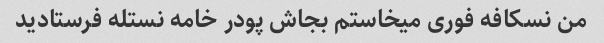
من نسکافه فوری میخاستم بجاش پودر خامه نستله فرستادید